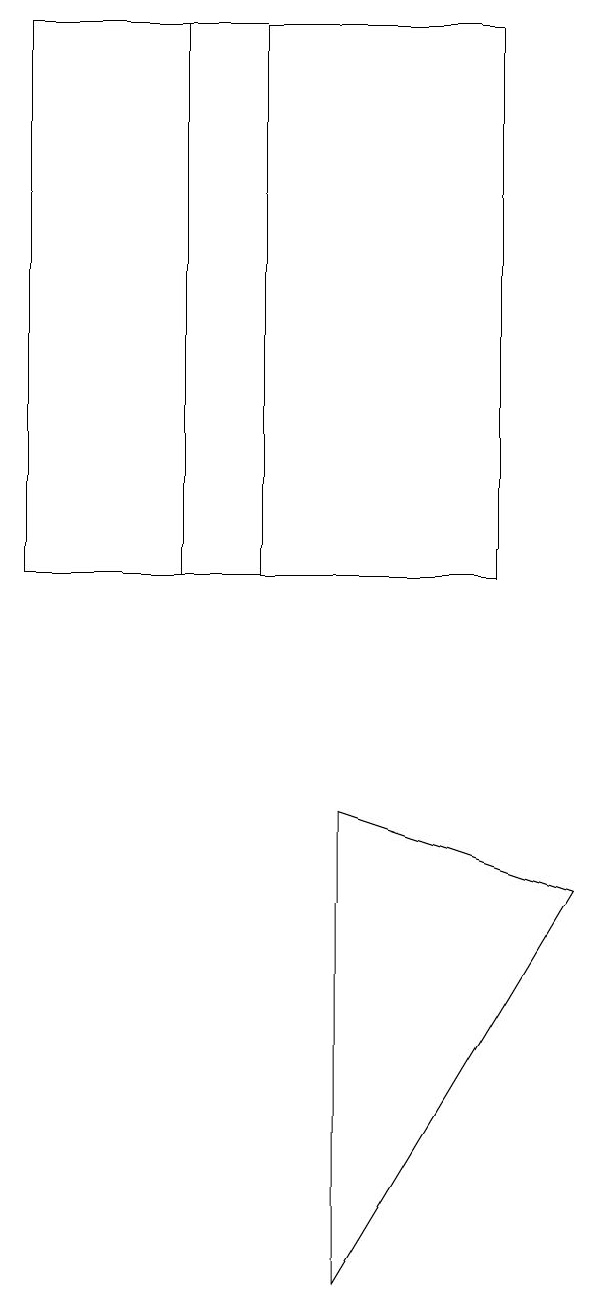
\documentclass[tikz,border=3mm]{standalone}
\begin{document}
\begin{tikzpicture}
\draw (2,12) rectangle (6,19);
\draw (7,8) -- (4,3) -- (4,9) -- cycle;
\draw (0,12) rectangle (3,19);
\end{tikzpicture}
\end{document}